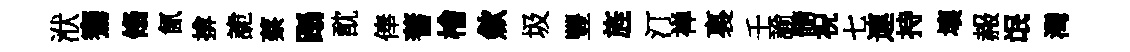
洑騫翛氤揜詭蔡蹋酖俸蓍檜歛圾豐旌汀禅裏壬諭髓祝七連持壤赧氓灣